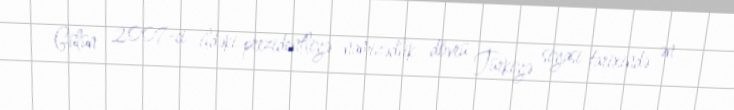
Gülün 2007-ci ildəki prezidentliyə namizədlik dövrü Türkiyə siyasi tarixində ən